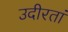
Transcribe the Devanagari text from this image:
उदीरतां